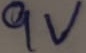
Text: 9V